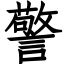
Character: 警